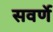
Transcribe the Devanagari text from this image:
सवर्णे